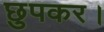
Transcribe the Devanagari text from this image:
छुपकर।